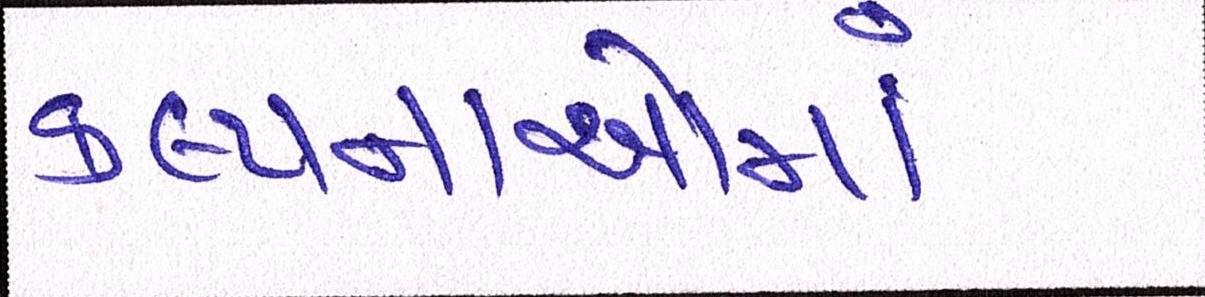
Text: કલ્પનાઓમાં